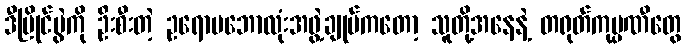
ဒီပြိုင်ပွဲကို ဦးစီးတဲ့ ဥရောပဘောလုံးအဖွဲ့ချုပ်ကတော့ သူတို့အနေနဲ့ တရုတ်ကုမ္ပဏီတွေ